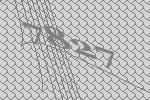
7827